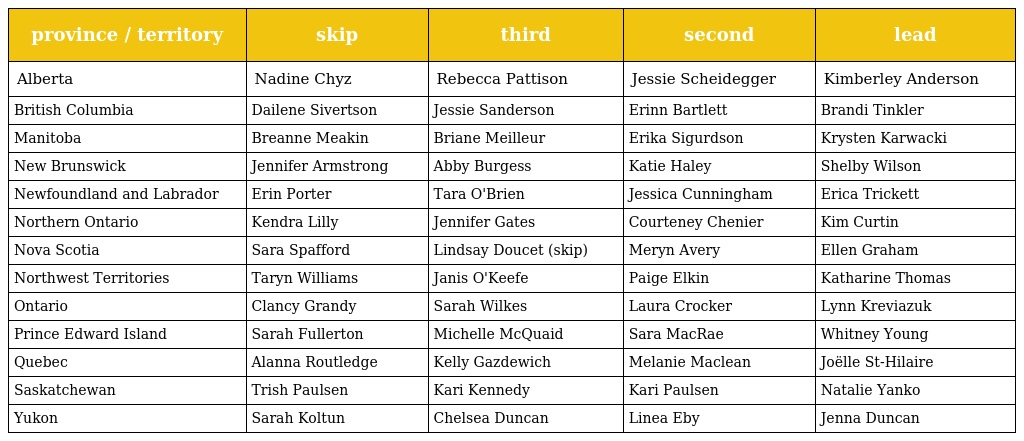
| province / territory | skip | third | second | lead |
 | --- | --- | --- | --- | --- |
 | Alberta | Nadine Chyz | Rebecca Pattison | Jessie Scheidegger | Kimberley Anderson |
 | British Columbia | Dailene Sivertson | Jessie Sanderson | Erinn Bartlett | Brandi Tinkler |
 | Manitoba | Breanne Meakin | Briane Meilleur | Erika Sigurdson | Krysten Karwacki |
 | New Brunswick | Jennifer Armstrong | Abby Burgess | Katie Haley | Shelby Wilson |
 | Newfoundland and Labrador | Erin Porter | Tara O'Brien | Jessica Cunningham | Erica Trickett |
 | Northern Ontario | Kendra Lilly | Jennifer Gates | Courteney Chenier | Kim Curtin |
 | Nova Scotia | Sara Spafford | Lindsay Doucet (skip) | Meryn Avery | Ellen Graham |
 | Northwest Territories | Taryn Williams | Janis O'Keefe | Paige Elkin | Katharine Thomas |
 | Ontario | Clancy Grandy | Sarah Wilkes | Laura Crocker | Lynn Kreviazuk |
 | Prince Edward Island | Sarah Fullerton | Michelle McQuaid | Sara MacRae | Whitney Young |
 | Quebec | Alanna Routledge | Kelly Gazdewich | Melanie Maclean | Joëlle St-Hilaire |
 | Saskatchewan | Trish Paulsen | Kari Kennedy | Kari Paulsen | Natalie Yanko |
 | Yukon | Sarah Koltun | Chelsea Duncan | Linea Eby | Jenna Duncan |